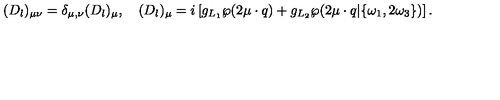
( D _ { l } ) _ { \mu \nu } = \delta _ { \mu , \nu } ( D _ { l } ) _ { \mu } , \quad ( D _ { l } ) _ { \mu } = i \left[ g _ { L _ { 1 } } \wp ( 2 \mu \cdot q ) + g _ { L _ { 2 } } \wp ( 2 \mu \cdot q | \{ \omega _ { 1 } , 2 \omega _ { 3 } \} ) \right] .